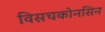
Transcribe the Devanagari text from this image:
विसचकोनसिन